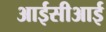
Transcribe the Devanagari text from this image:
आईसीआई